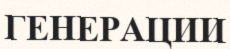
ГЕНЕРАЦИИ